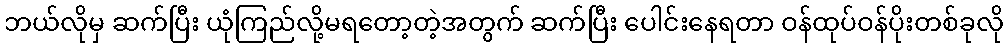
ဘယ်လိုမှ ဆက်ပြီး ယုံကြည်လို့မရတော့တဲ့အတွက် ဆက်ပြီး ပေါင်းနေရတာ ဝန်ထုပ်ဝန်ပိုးတစ်ခုလို